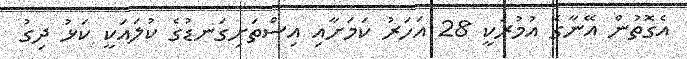
އެގޮތުން އޭނާގެ އުމުރަކީ 28 އަހަރު ކަމަށާއި އިސްތަށިގަނޑުގެ ކުލައަކީ ކަޅު ދިގު